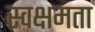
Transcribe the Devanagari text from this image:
स्वक्षमता